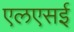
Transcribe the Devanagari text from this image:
एलएसई